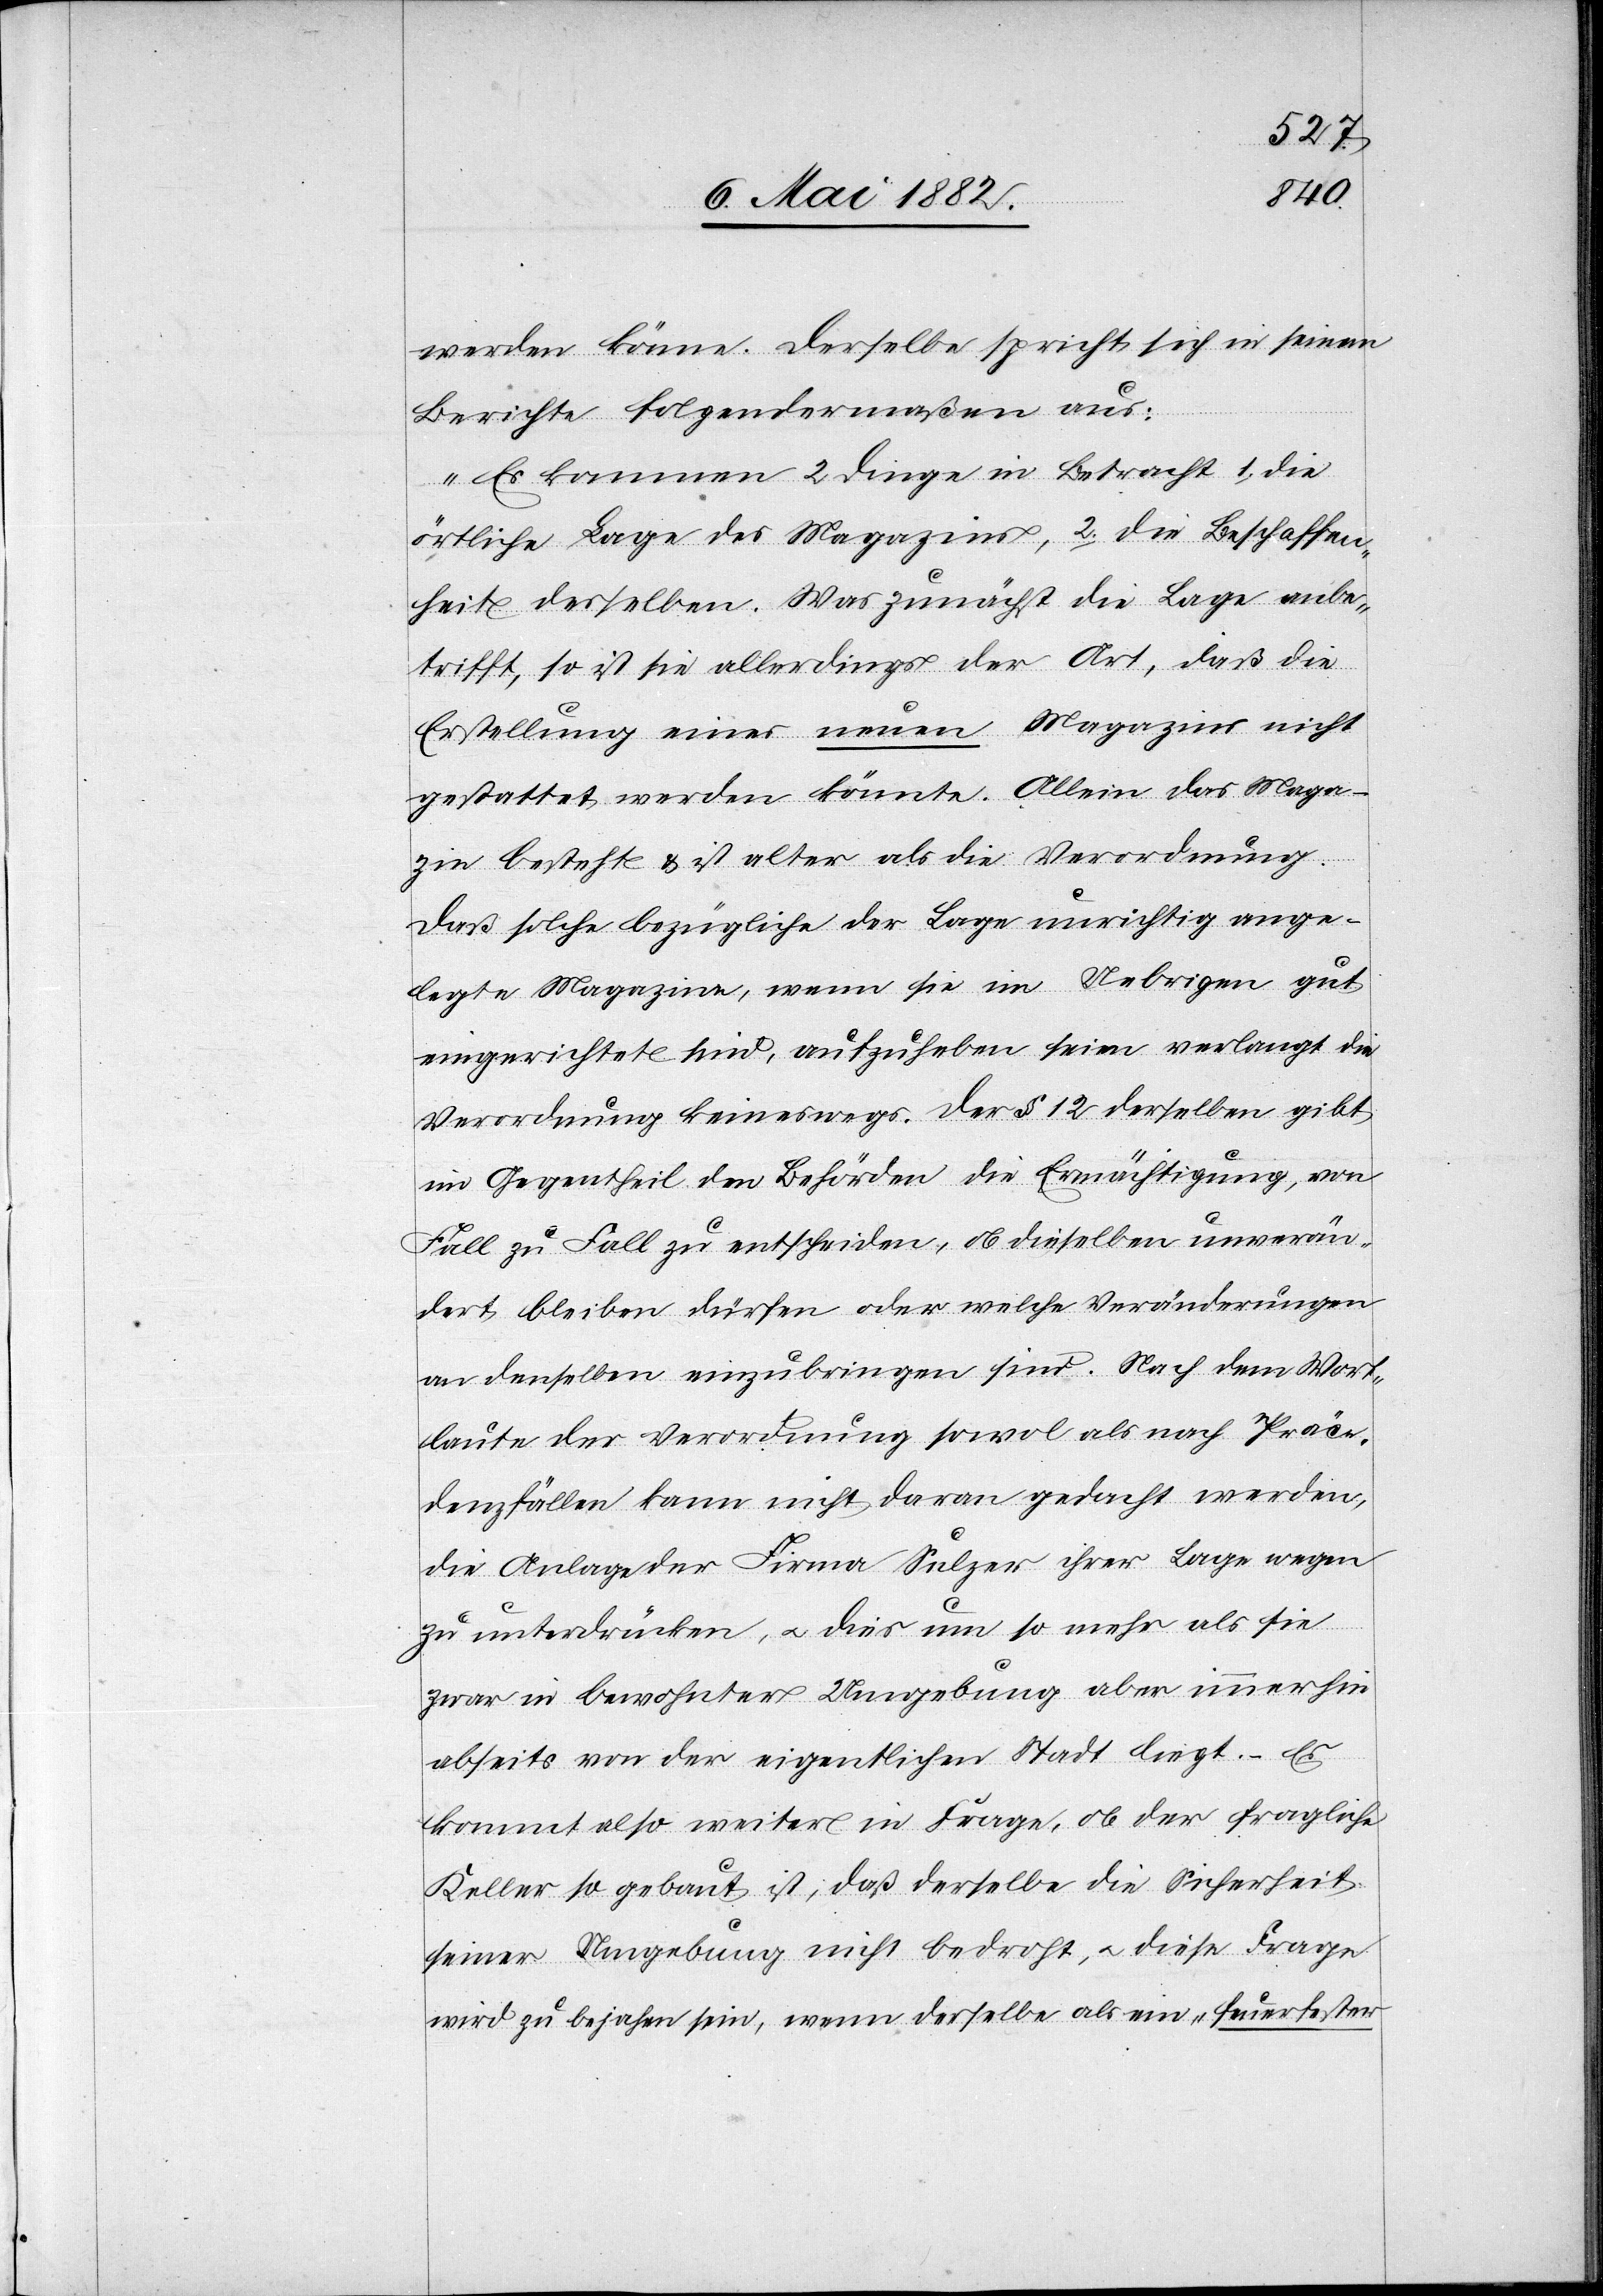
werden könne. Derselbe spricht sich in seinem
Berichte folgendermaßen aus:
„Es kommen 2 Dinge in Betracht: 1. die
örtliche Lage des Magazins, 2. die Beschaffen¬
heit desselben. Was zunächst die Lage anbe¬
trifft, so ist sie allerdings der Art, daß die
Erstellung eines neuen Magazins nicht
gestattet werden könnte. Allein das Maga¬
zin besteht & ist älter als die Verordnung.
Daß solche bezügliche der Lage unrichtig ange¬
legte Magazine, wenn sie im Uebrigen gut
eingerichtet sind, aufzuheben seien verlangt die
Verordnung keineswegs. Der § 12 derselben gibt
im Gegentheil den Behörden die Ermächtigung, von
Fall zu Fall zu entscheiden, ob dieselben unverän¬
dert bleiben dürfen oder welche Veränderungen
an denselben einzubringen sind. Nach dem Wort¬
laute der Verordnung sowol als nach Präce¬
denzfällen kann nicht daran gedacht werden,
die Anlage der Firma Sulzer ihrer Lage wegen
zu unterdrücken, u. dies um so mehr als sie
zwar in bewohnter Umgebung aber immerhin
abseits von der eigentlichen Stadt liegt. – Es
kommt also weiter in Frage, ob der fragliche
Keller so gebaut ist, daß derselbe die Sicherheit
seiner Umgebung nicht bedroht, u. diese Frage
wird zu bejahen sein, wenn derselbe als ein “feuerfester